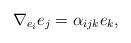
LaTeX: \begin{align*}\nabla _{e_{i}}e_{j} = \alpha _{ijk} e_{k},\end{align*}